King Institute of Preventive Medicine Micro-Biological Section reports 1909-11
Year: 1909
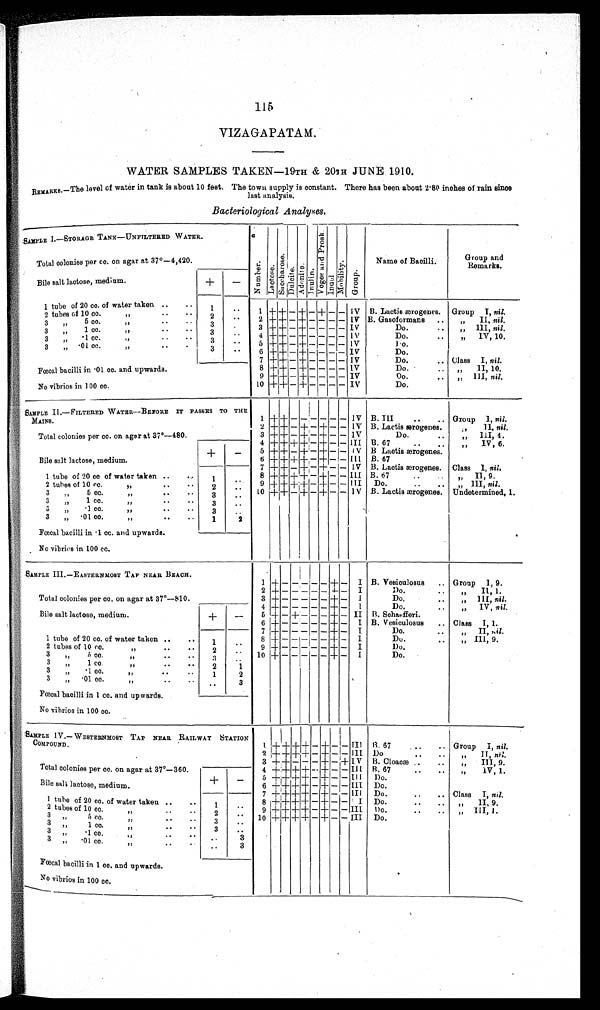
115
VIZAGAPATA
M
WATER SAMPLES TAKEN—19TH & 20TH JUNE 1910.
REMARKS.–The level of water in tank is about 10 feet. The town supply is constant. There has been about 2·80 inches of rain since
last analysis.
Bacteriological Analyses .
SAMPLE I.—STORAGE TAN
K—UNFILTERED WATER.
N u m b e r .
Lactose.Sa c c ha r os e . Dulcite.Adoni t e. I n u l i n . V o g e s a n d P r o s k . Indole.MobilityGroup.
Name of Bacilli.
Group and
Remarks.
Total colonies per cc. on agar at 37°—
4,420.
Bile salt lactose, medium
+
−
1 tube of 20 cc. of water taken
1
1
+
+
−
+
−
+
− − IV B. Lactis ærogenes. Group I, nil.
2
tubes of 10 c
c. „
2 2
+
+
−
+
− − − −
IV
B.Gasoformans
„ II, nil.
3 „ 5
c
c. „
3
3 +
+
−
+
− − − −
IV
Do.
„ III, nil.
3 „ 1
cc.
„
3
4
+ +
−
+
− − − − IV
Do.
„ IV, 10.
3 „ · 1
c
c . „
3
5
+
+
−
+
− − − −
IV
Do.
3 „ ·01
c
c. „
3
6 +
+
− + − − − −
IV
Do.
7
+ +
− +
− − − −
IV
Do.
Class I, nil.
Fœcal bacilli in ·01 cc. and. upwards.
8 +
+
− + − − − −
IV
Do.
„ II, 10.
9 +
+
− + − − − −
IV
Do.
„ III, nil.
No vibrios in 100 cc.
10 +
+
− + − − − −
IV
Do.
SAMPLE II. —FILTERED WATER
—BEFORE IT PASSES TO THE
MAINS.
1
+
+
− − − − − −
IV B.
III
Group I, nil.
2
+
+
− + − + − − IV B. Lactis ærogenes.
„ II, nil.
Total colonies per cc. on agar at 37°—
480.
3 +
+
− + −
+
− −
IV
Do.
„ III, 4.
4
+ +
+
+
−
+
− −
III
B. 67
„ IV, 6.
+
−
5
+
+
−
+
−
+
− −
IV
B Lactis ærogenes.
Bile salt lactose, medium.
6
+ + +
+
−
+
− −
III
B. 67
7
+ + − + − + − −
IV
B. Lactis ærogenes. Class I, nil.
1 tube of 20 cc of water taken
1
8
+ + +
+
−
+
− −
III
B. 67
„ II, 9.
2 tubes of 10 cc.
„
2
9
+ + +
+
− + − − III
Do.
„ III, nil .
3 „ 5 cc.
„
3
10 + + − + −
+ − −
IV
B. Lactis ærogenes. Undetermined, 1.
3 „ 1 cc.
„
3
3 „ ·1 cc.
„
3
3 „ ·01 cc.
„
1
2
Fœcal bacilli in ·1 cc. and upwards.
No vibrios in 100 cc.
SAMPLE III.—EASTERNMOST TAP NEAR BEACH.
1
+
− − − − − + −
I B. Vesiculosus
Group I, 9.
2
+
− − − − −
+ −
I
Do.
„ II, 1.
Total colonies per cc, on agar at 37°—810.
3
+
− − − − − + −
I
Do.
„
III,
nil.
4
+
− − − − − + −
I
Do.
„ IV, nil.
Bile salt lactose, medium.
+
−
5
+
− + − − − + −
II B. Sohaefferi.
6
+
− − − − − + −
I B. Vesiculosus. Class I, 1.
7
+
− − − − −
+
−
I
Do.
„ II,
nil
.
1 tube of 20 cc. of water taken
1
8
+
− − − − − + −
I
Do.
„ III, 9.
2 tubes of 10 cc.
„
2
9 +
− − − − − + −
I
Do.
3 „ 5 cc.
„
3
10 + − − − − −
+
−
I
Do.
3 „ 1 cc.
„
2
1
3 „ ·1 cc.
„
1
2
3 „ ·01 cc.
„
3
Fœcal bacilli in 1 cc. and upwards.
No vibrios in 100 cc.
SAMPLE IV.—WESTERNMOST TAP NEAR RAILWAY STATION
COMPOUND.
1
+ +
+ +
−
+
− −
III
B. 67
Group I
nil.
2
+ +
+
+
−
+
− − III Do
„ II, nil.
3 + + − − − + − + IV B Cloacæ
„ III, 9.
Total colonies per cc. on agar at 37°—360.
4 + + + + − + − − III B. 67
„ IV, 1.
+
−
5
+
+
+ + − + − −
III
Do.
Bile salt lactose, medium.
6
+
+
+ + − +− − III Do.
7
+ + +
+ − +− −
III
Do.
Class I, nil.
1 tube of 20 cc. of water taken
1
8
+
+
+
+ − + − −
I Do.
„ II, 9.
2 tubes of 10 cc.
„
2
9
+ + +
+
−
+
− − III
Do.
„ III, 1.
3 „ 5 cc
. „
3
10
+
+ +
+ − + − − III Do.
3 „ 1 cc
. „
3
3 ,, ·1 cc.
„
3
3 „ ·01 cc
. „
3
Fœcal bacilli in 1 cc. and upwards.
No vibrios in 100 cc
.